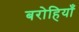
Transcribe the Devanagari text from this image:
बरोहियाँ